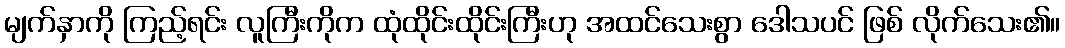
မျက်နှာကို ကြည့်ရင်း လူကြီးကိုက ထုံထိုင်းထိုင်းကြီးဟု အထင်သေးစွာ ဒေါသပင် ဖြစ် လိုက်သေး၏။